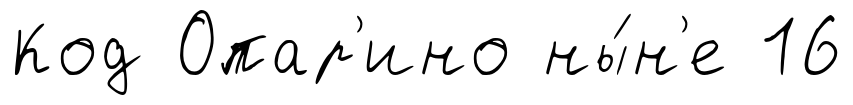
Код Опар'ино ны́н'е 16